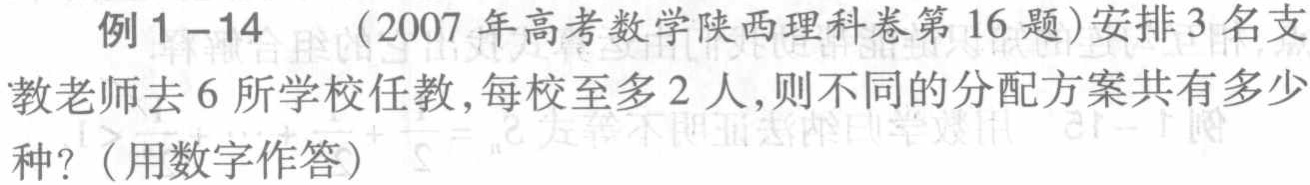
例1 - 14 （2007年高考数学陕西理科卷第16题）安排3名支教老师去6所学校任教，每校至多2人，则不同的分配方案共有多少种？（用数字作答）